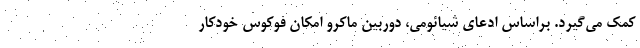
کمک می‌گیرد. براساس ادعای شیائومی، دوربین ماکرو امکان فوکوس خودکار